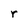
Character: r